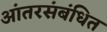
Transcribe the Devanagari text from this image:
आंतरसंबंधित